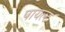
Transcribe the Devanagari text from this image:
पायल्ट